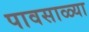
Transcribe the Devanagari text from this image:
पावसाळ्या